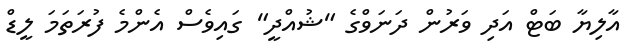
އާލިޔާ ބަޓް އަދި ވަރުން ދަނަވްގެ "ޝުއްދީ" ގައިވެސް އެންމެ ފުރަތަމަ ލީޑް